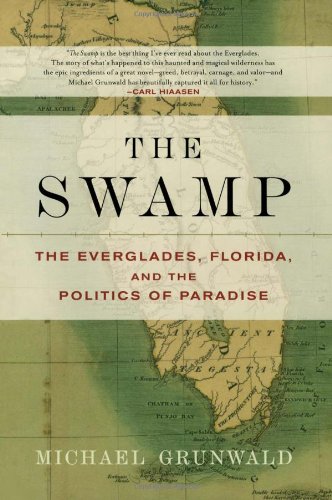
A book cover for The Swamp: The Everglades, Florida, and the Politics of Paradise; Michael Grunwald; Science & Math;